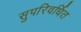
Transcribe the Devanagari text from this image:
सुपरिवर्धित